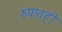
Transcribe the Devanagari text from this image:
रुपातही